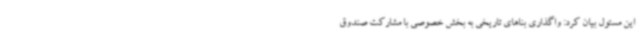
این مسئول بیان کرد: واگذاری بناهای تاریخی به بخش خصوصی با مشارکت صندوق